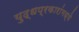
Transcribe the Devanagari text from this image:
युद्धप्रकारांमध्ये